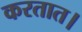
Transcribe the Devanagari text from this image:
करतात।